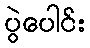
ပွဲပေါင်း